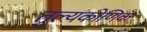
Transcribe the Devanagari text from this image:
तुल्यकोणिक